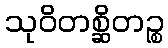
သုဝိတစ္ဆိတဉ္စ